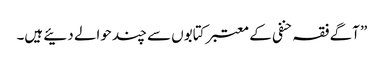
” آگے فقہ حنفی کے معتبر کتابوں سے چند حوالے دئیے ہیں۔